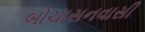
બોચાસનવાસી